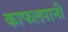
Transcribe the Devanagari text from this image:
काफलपानी